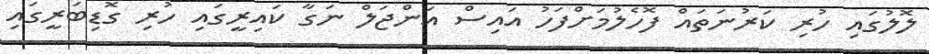
ލޮލުގައި ހުރި ކަރުނަތައް ފޮހެލުމަށްފަހު އައިސް އަންޖަލް ނަގާ ކައިރީގައި ހުރި ގޮޑިބަރީގައި